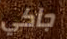
جاكي